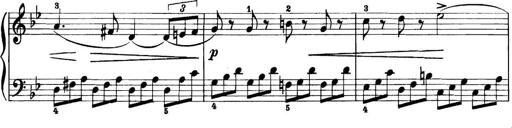
Title: 11 Sonatinas
Composer: Anton Diabelli